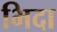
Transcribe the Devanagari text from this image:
भिदा